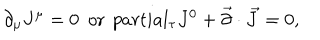
\partial _ { \mu } J ^ { \mu } = 0 \ \ \mathrm { o r } \ \, p a r t i a l _ { \tau } J ^ { 0 } + \vec { \partial } \cdot \vec { J } = 0 ,